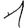
Digit: 1